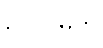
ဥပလိမ္ပတိ